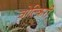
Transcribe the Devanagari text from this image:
वोल्किरी